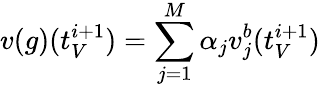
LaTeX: v(g)(t_{V}^{i+1})=\sum_{j=1}^{M}\alpha_{j}v_{j}^{b}(t_{V}^{i+1})